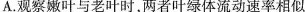
A.观察嫩叶与老叶时，两者叶绿体流动速率相似